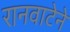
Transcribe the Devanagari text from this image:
रानवाटेने